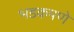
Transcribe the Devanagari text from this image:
भडकपणे